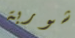
شوربة